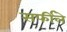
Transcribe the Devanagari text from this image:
सर्फीले